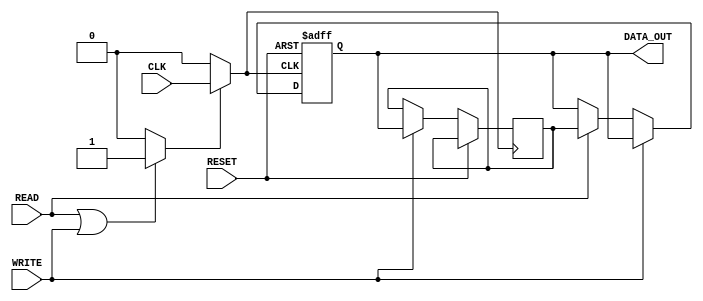
module clock_gating_memory (
    input wire CLK,           // Primary clock signal
    input wire RESET,         // Reset signal
    input wire READ,          // Read request
    input wire WRITE,         // Write request
    output reg [7:0] DATA_OUT // Data output
);

// Gating control logic
reg GATE;                   // Gating control signal
wire GCLK;                  // Gated clock signal

// Clock gating cell
assign GCLK = GATE ? CLK : 1'b0; // Gated clock logic

// Memory storage (simple RAM)
reg [7:0] memory [0:255];   // 256x8 memory

// GATE signal generation logic
always @(*) begin
    // Activate the clock if there is a read or write request
    if (READ || WRITE) begin
        GATE = 1'b1; // Assert GATE when memory is active
    end else begin
        GATE = 1'b0; // Deassert GATE when idle
    end
end

// Memory operations
always @(posedge GCLK or posedge RESET) begin
    if (RESET) begin
        // Reset logic (optional: clear memory or set to default values)
        DATA_OUT <= 8'b0;
    end else if (WRITE) begin
        // Write operation (example: write to address 0)
        memory[0] <= DATA_OUT; // Write DATA_OUT to address 0
    end else if (READ) begin
        // Read operation (example: read from address 0)
        DATA_OUT <= memory[0]; // Read from address 0
    end
end

endmodule